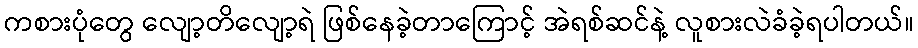
ကစားပုံတွေ လျော့တိလျော့ရဲ ဖြစ်နေခဲ့တာကြောင့် အဲရစ်ဆင်နဲ့ လူစားလဲခံခဲ့ရပါတယ်။